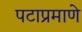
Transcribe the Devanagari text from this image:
पटाप्रमाणे